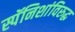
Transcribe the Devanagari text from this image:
स्पॅनिशांविरुद्ध